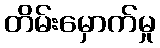
တိမ်းမှောက်မှု